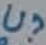
Text: U?